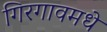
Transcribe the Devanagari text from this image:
गिरगावमधे